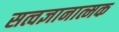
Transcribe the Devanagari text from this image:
सत्वज्ञानात्मक